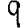
Digit: 9